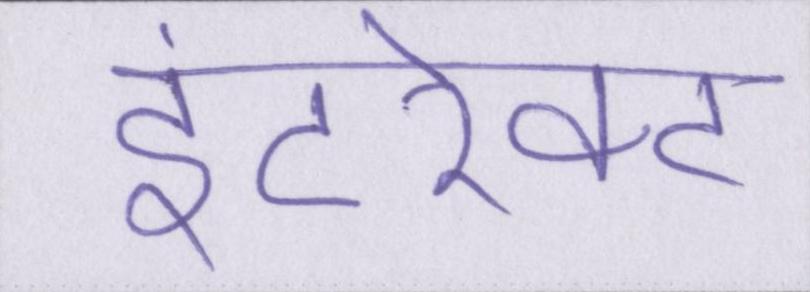
इंटरेक्ट